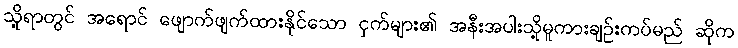
သို့ရာတွင် အရောင် ဖျောက်ဖျက်ထားနိုင်သော ငှက်များ၏ အနီးအပါးသို့မူကားချဉ်းကပ်မည် ဆိုက